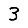
Digit: 3